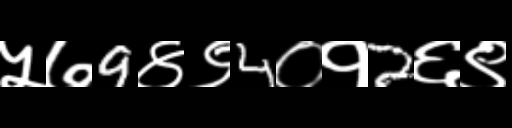
Text: ५७9४९4०१2६९